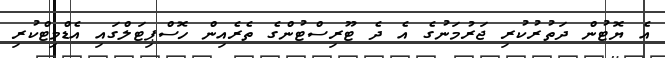
އެ ޔޮޓުން ދަތުރުކުރި ޖަރުމަނުގެ އެ ދެ ޓޫރިސްޓުންގެ ތެރެއިން ހޮސްޕިޓަލްގައި އެޑްމިޓްކުރި